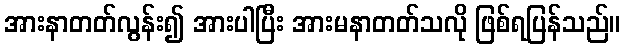
အားနာတတ်လွန်း၍ အားပါပြီး အားမနာတတ်သလို ဖြစ်ရပြန်သည်။